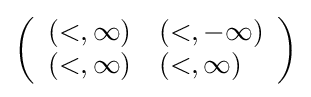
\left({\begin{array}{ll}(<,\infty )&(<,-\infty )\\(<,\infty )&(<,\infty )\end{array}}\right)